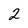
Character: 2